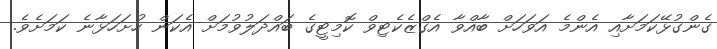
ގެންގުޅޭކަމަށާއި އެންމެ އަވަހަށް ބާއްވާ އެގްޒެކެޓިވް ކޮމިޓީގެ ބައްދަލުވުމަށް އެކަން ހުށަހަޅާނެ ކަމަށެވެ.